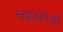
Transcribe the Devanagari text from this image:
स्वभाववैशिष्टय़े